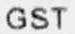
GST